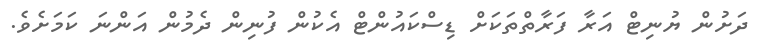
ދަށުން ޔުނިޓް އަރާ ފަރާތްތަކަށް ޑިސްކައުންޓް އެކުން ފުނިން ދެމުން އަންނަ ކަމަށެވެ.